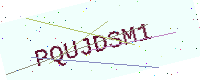
Text: PQUJDSM1